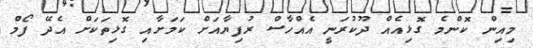
މިއިން ކޮންމެ ގޮޅިއެއް ދޫކުރަނީ އެއްހާސް ރުފިޔާއަށް ކަަމަށާއި ގޮޅިތަކަށް އެދޭ ފޯމް